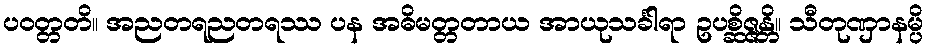
ပဝတ္တတိ။ အညတရညတရဿ ပန အဓိမတ္တတာယ အာယုသင်္ခါရာ ဥပစ္ဆိဇ္ဇန္တိ။ သီတုဏှာနမ္ပိ